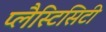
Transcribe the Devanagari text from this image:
प्लैस्टिसिटी